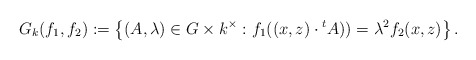
\begin{align*}G_k (f_1,f_2) := \left\{(A,\lambda) \in G \times k^{\times} : f_1((x,z)\cdot {}^t A)) = \lambda^2 f_2(x,z) \right\}.\end{align*}